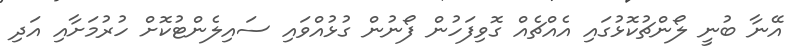
އޭނާ ބުނީ ލޯންޗުކޮޅުގައި އެއްޗެއް ގޮވިފަހުން ފޯނުން ގުޅުއްވައި ސައިލެންޓުކޮށް ހުރުމަށާއި އަދި